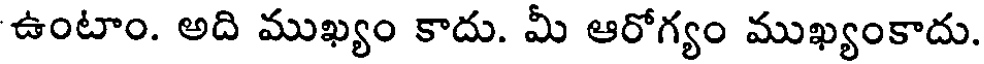
ఉంటాం. అది ముఖ్యం కాదు. మీ ఆరోగ్యం ముఖ్యంకాదు.